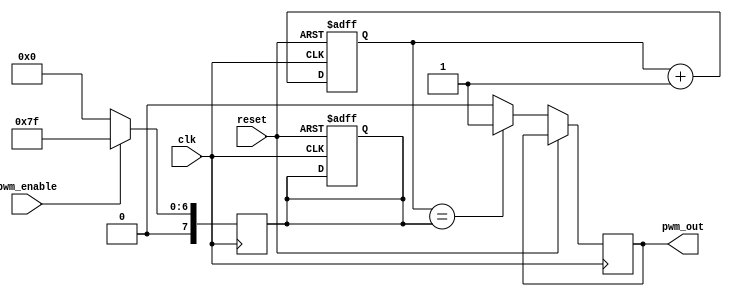
module pwm_timer(
    input wire clk,
    input wire reset,
    input wire pwm_enable,
    output reg pwm_out
);

reg [7:0] count;
reg [7:0] compare;

always @ (posedge clk or posedge reset) begin
    if (reset) begin
        count <= 8'b00000000;
        compare <= 8'b00000000;
    end else begin
        count <= count + 1;
        if (count == compare) begin
            pwm_out <= 1;
        end else begin
            pwm_out <= 0;
        end
    end
end

always @ (posedge clk) begin
    if (pwm_enable) begin
        compare <= 8'd127; // Set duty cycle (50%)
    end else begin
        compare <= 0;
    end
end

endmodule